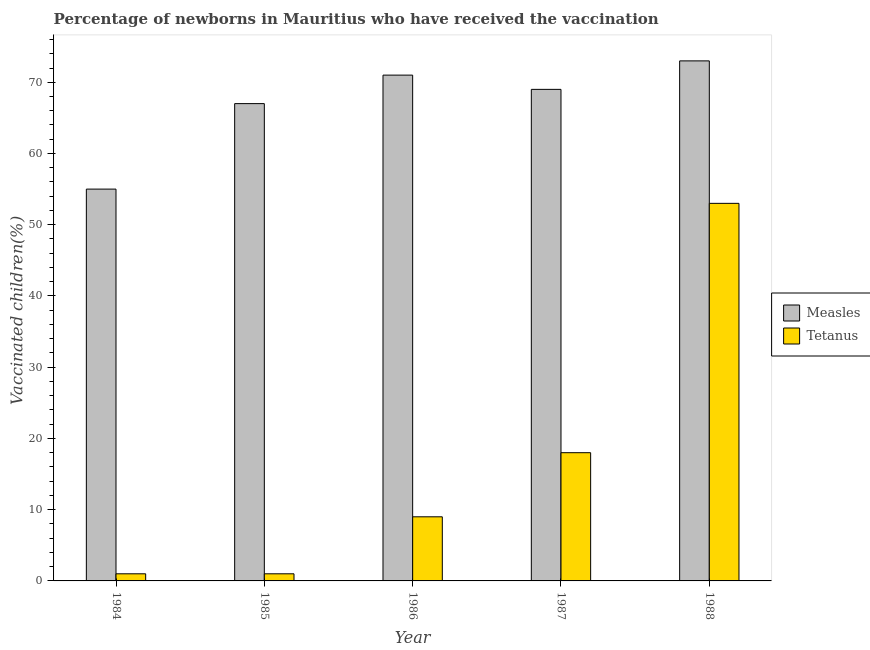
| Year | Measles | Tetanus |
 | --- | --- | --- |
 | 1984 | 55 | 1 |
 | 1985 | 67 | 1 |
 | 1986 | 71 | 9 |
 | 1987 | 69 | 18 |
 | 1988 | 73 | 53 |